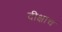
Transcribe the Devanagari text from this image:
दीक्षाच